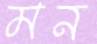
মন